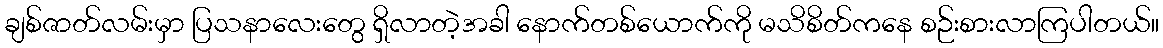
ချစ်ဇာတ်လမ်းမှာ ပြသနာလေးတွေ ရှိလာတဲ့အခါ နောက်တစ်ယောက်ကို မသိစိတ်ကနေ စဉ်းစားလာကြပါတယ်။